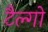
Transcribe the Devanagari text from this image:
टैल्गो